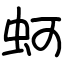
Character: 蚵